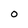
Character: 0